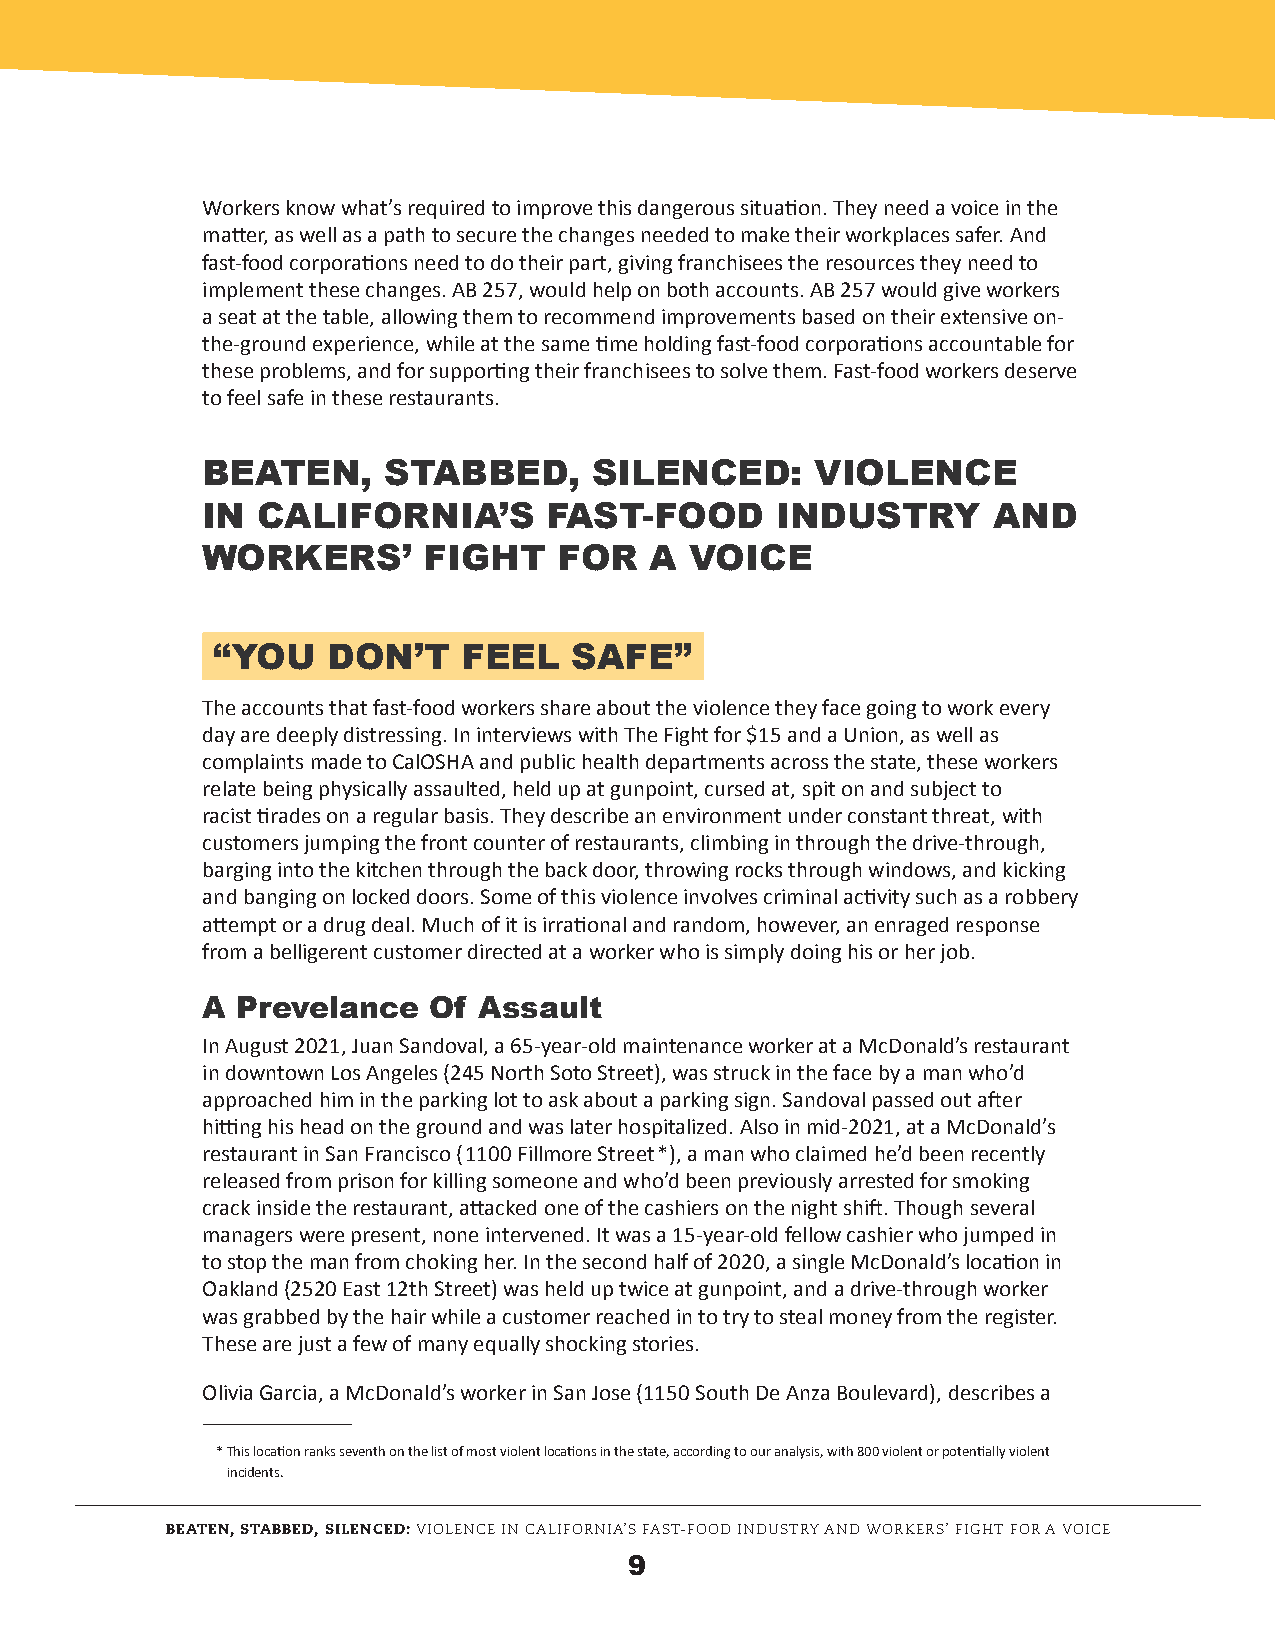
Workers know what’s required to improve this dangerous situation. They need a voice in the
 matter, as well as a path to secure the changes needed to make their workplaces safer. And
 fast-food corporations need to do their part, giving franchisees the resources they need to
 implement these changes. AB 257, would help on both accounts. AB 257 would give workers
 a seat at the table, allowing them to recommend improvements based on their extensive on-
 the-ground experience, while at the same time holding fast-food corporations accountable for
 these problems, and for supporting their franchisees to solve them. Fast-food workers deserve
 to feel safe in these restaurants.
 BEATEN,     STABBED,      SILENCED:      VIOLENCE
 IN  CALIFORNIA’S       FAST-FOOD      INDUSTRY       AND
 WORKERS’       FIGHT    FOR   A  VOICE
 “YOU    DON’T    FEEL   SAFE”
 The accounts that fast-food workers share about the violence they face going to work every
 day are deeply distressing. In interviews with The Fight for $15 and a Union, as well as
 complaints made to CalOSHA and public health departments across the state, these workers
 relate being physically assaulted, held up at gunpoint, cursed at, spit on and subject to
 racist tirades on a regular basis. They describe an environment under constant threat, with
 customers jumping the front counter of restaurants, climbing in through the drive-through,
 barging into the kitchen through the back door, throwing rocks through windows, and kicking
 and banging on locked doors. Some of this violence involves criminal activity such as a robbery
 attempt or a drug deal. Much of it is irrational and random, however, an enraged response
 from a belligerent customer directed at a worker who is simply doing his or her job.
 A  Prevelance  Of  Assault
 In August 2021, Juan Sandoval, a 65-year-old maintenance worker at a McDonald’s restaurant
 in downtown Los Angeles (245 North Soto Street), was struck in the face by a man who’d
 approached him in the parking lot to ask about a parking sign. Sandoval passed out after
 hitting his head on the ground and was later hospitalized. Also in mid-2021, at a McDonald’s
 restaurant in San Francisco (1100 Fillmore Street*), a man who claimed he’d been recently
 released from prison for killing someone and who’d been previously arrested for smoking
 crack inside the restaurant, attacked one of the cashiers on the night shift. Though several
 managers were present, none intervened. It was a 15-year-old fellow cashier who jumped in
 to stop the man from choking her. In the second half of 2020, a single McDonald’s location in
 Oakland (2520 East 12th Street) was held up twice at gunpoint, and a drive-through worker
 was grabbed by the hair while a customer reached in to try to steal money from the register.
 These are just a few of many equally shocking stories.
 Olivia Garcia, a McDonald’s worker in San Jose (1150 South De Anza Boulevard), describes a
 * This location ranks seventh on the list of most violent locations in the state, according to our analysis, with 800 violent or potentially violent
 incidents.
 BEATEN, STABBED, SILENCED: VIOLENCE IN CALIFORNIA’S FAST-FOOD INDUSTRY AND WORKERS’ FIGHT FOR A VOICE
 9